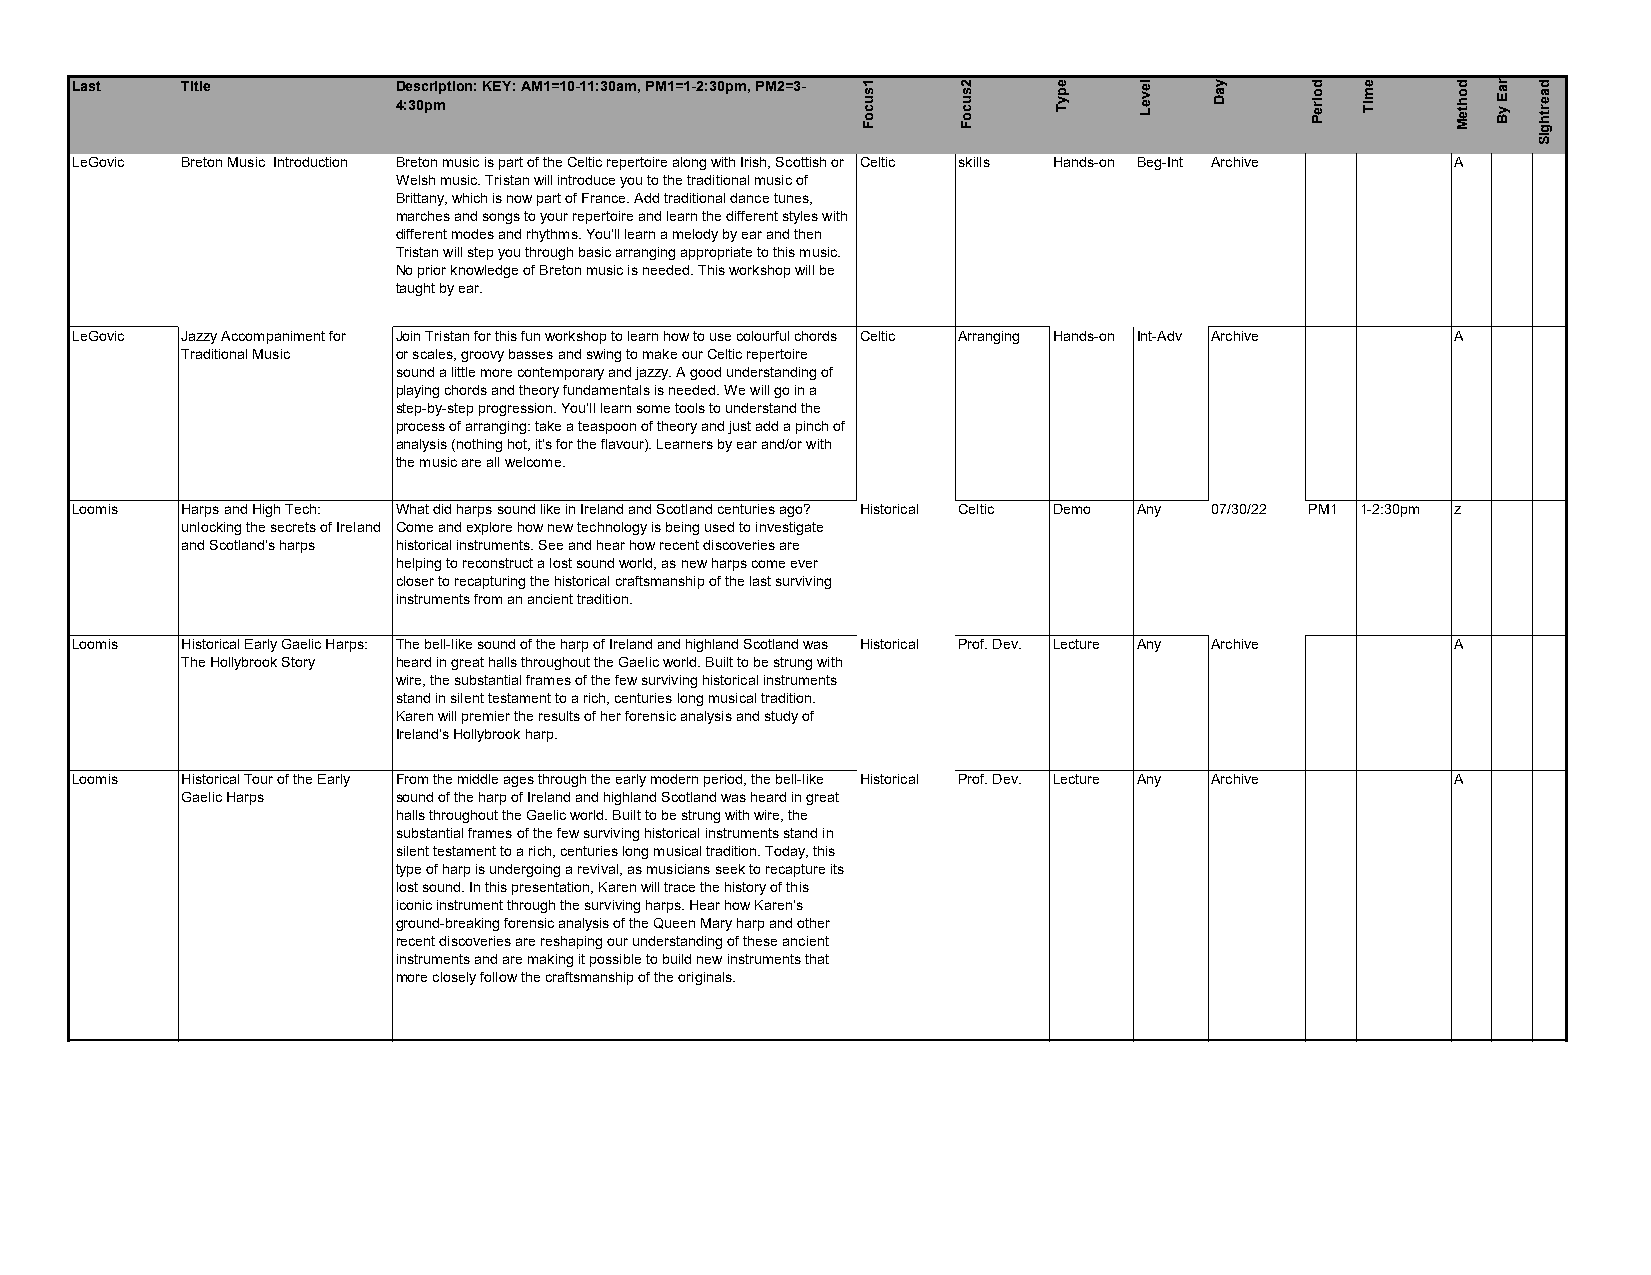
Last   Title         D 4:e 3s 0c pr miption: KEY: AM1=10-11:30am, PM1=1-2:30pm, PM2=3- 1
 s u c o F
 2
 s u c o F
 e
 p y T
 le
 v e L
 y
 a D
 d
 o ire P
 e
 m iT
 d
 o h te M
 ra
 E y B
 d
 a e rth g
 iS
 LeGovic Breton Music Introduction Breton music is part of the Celtic repertoire along with Irish, Scottish or Celtic skills Hands-on Beg-Int Archive A
 Welsh music. Tristan will introduce you to the traditional music of
 Brittany, which is now part of France. Add traditional dance tunes,
 marches and songs to your repertoire and learn the different styles with
 different modes and rhythms. You'll learn a melody by ear and then
 Tristan will step you through basic arranging appropriate to this music.
 No prior knowledge of Breton music is needed. This workshop will be
 taught by ear.
 LeGovic Jazzy Accompaniment for Join Tristan for this fun workshop to learn how to use colourful chords Celtic Arranging Hands-on Int-Adv Archive A
 Traditional Music or scales, groovy basses and swing to make our Celtic repertoire
 sound a little more contemporary and jazzy. A good understanding of
 playing chords and theory fundamentals is needed. We will go in a
 step-by-step progression. You'll learn some tools to understand the
 process of arranging: take a teaspoon of theory and just add a pinch of
 analysis (nothing hot, it’s for the flavour). Learners by ear and/or with
 the music are all welcome.
 Loomis Harps and High Tech: What did harps sound like in Ireland and Scotland centuries ago? Historical Celtic Demo Any 07/30/22 PM1 1-2:30pm z
 unlocking the secrets of Ireland Come and explore how new technology is being used to investigate
 and Scotland's harps historical instruments. See and hear how recent discoveries are
 helping to reconstruct a lost sound world, as new harps come ever
 closer to recapturing the historical craftsmanship of the last surviving
 instruments from an ancient tradition.
 Loomis Historical Early Gaelic Harps: The bell-like sound of the harp of Ireland and highland Scotland was Historical Prof. Dev. Lecture Any Archive A
 The Hollybrook Story heard in great halls throughout the Gaelic world. Built to be strung with
 wire, the substantial frames of the few surviving historical instruments
 stand in silent testament to a rich, centuries long musical tradition.
 Karen will premier the results of her forensic analysis and study of
 Ireland's Hollybrook harp.
 Loomis Historical Tour of the Early From the middle ages through the early modern period, the bell-like Historical Prof. Dev. Lecture Any Archive A
 Gaelic Harps  sound of the harp of Ireland and highland Scotland was heard in great
 halls throughout the Gaelic world. Built to be strung with wire, the
 substantial frames of the few surviving historical instruments stand in
 silent testament to a rich, centuries long musical tradition. Today, this
 type of harp is undergoing a revival, as musicians seek to recapture its
 lost sound. In this presentation, Karen will trace the history of this
 iconic instrument through the surviving harps. Hear how Karen's
 ground-breaking forensic analysis of the Queen Mary harp and other
 recent discoveries are reshaping our understanding of these ancient
 instruments and are making it possible to build new instruments that
 more closely follow the craftsmanship of the originals.